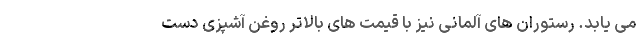
می یابد. رستوران های آلمانی نیز با قیمت های بالاتر روغن آشپزی دست